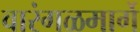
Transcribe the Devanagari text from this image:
वारंगळमार्गे